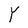
Character: Y